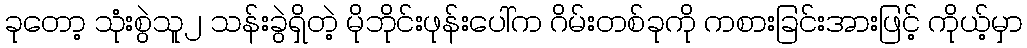
ခုတော့ သုံးစွဲသူ၂ သန်းခွဲရှိတဲ့ မိုဘိုင်းဖုန်းပေါ်က ဂိမ်းတစ်ခုကို ကစားခြင်းအားဖြင့် ကိုယ့်မှာ